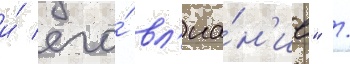
и́ его́ вл'иа́н'ие" /